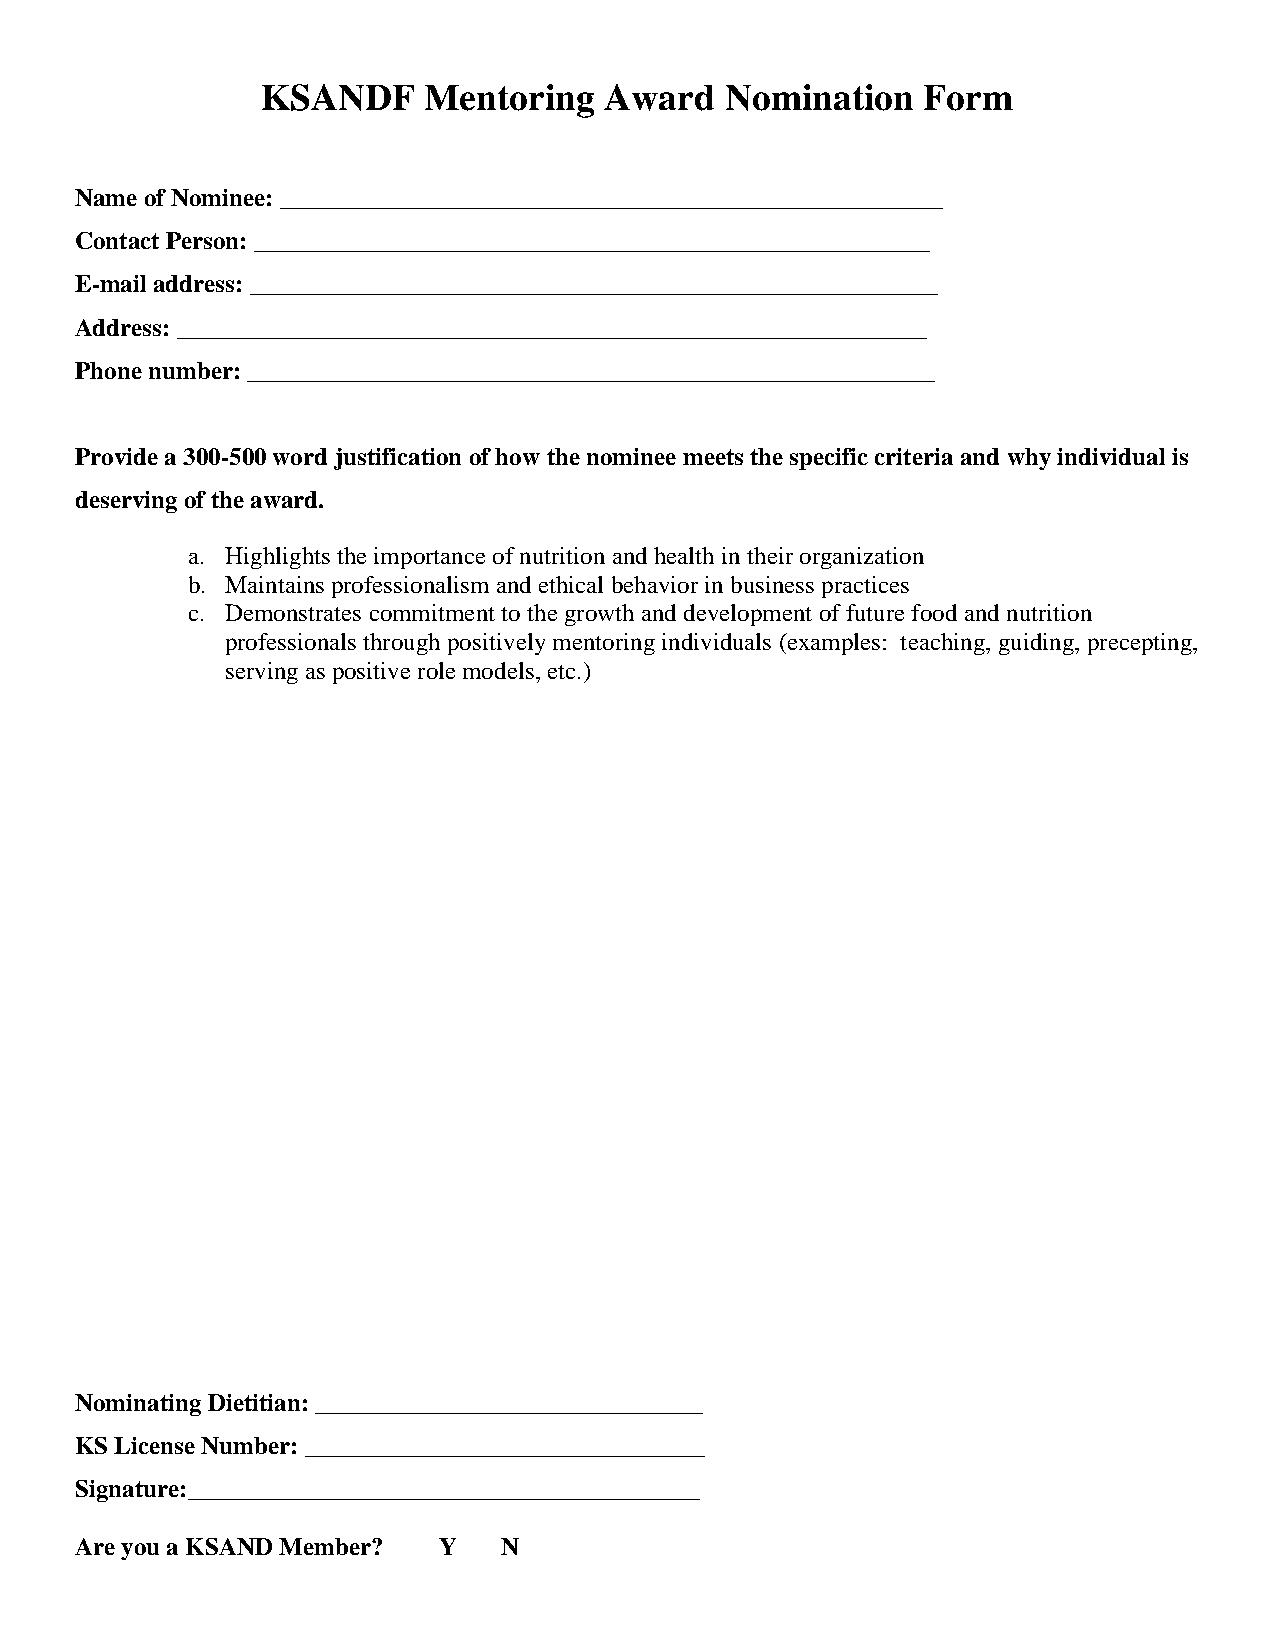
KSANDF     Mentoring   Award   Nomination   Form
 Name of Nominee: _____________________________________________________
 Contact Person: ______________________________________________________
 E-mail address: _______________________________________________________
 Address: ____________________________________________________________
 Phone number: _______________________________________________________
 Provide a 300-500 word justification of how the nominee meets the specific criteria and why individual is
 deserving of the award.
 a. Highlights the importance of nutrition and health in their organization
 b. Maintains professionalism and ethical behavior in business practices
 c. Demonstrates commitment to the growth and development of future food and nutrition
 professionals through positively mentoring individuals (examples: teaching, guiding, precepting,
 serving as positive role models, etc.)
 Nominating Dietitian: _______________________________
 KS License Number: ________________________________
 Signature:_________________________________________
 Are you a KSAND Member? Y   N